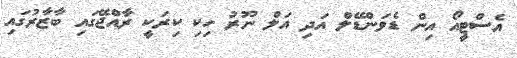
އެސްޓީއޯ އިން ޑެވަންޑޭލް އަދި އަލް ނޫރު ހިކި ކިރަކީ ރާއްޖޭގައި ބާޒާރުގައި